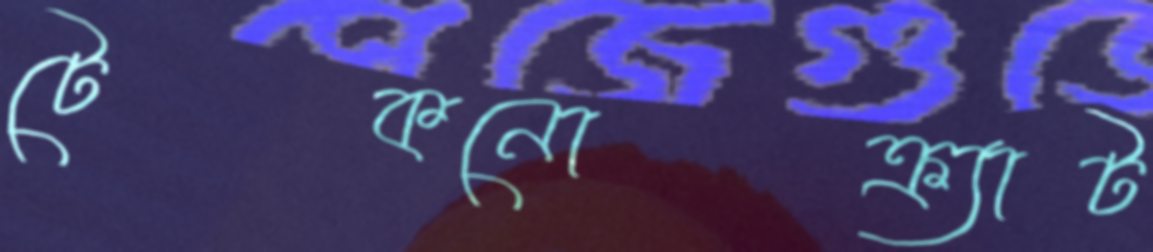
টেকনোক্র্যাট